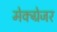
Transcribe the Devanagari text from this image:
मेक्ग्रेजर